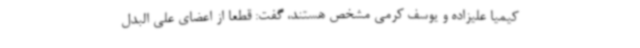
کیمیا علیزاده و یوسف کرمی مشخص هستند، گفت: قطعا از اعضای علی البدل